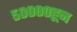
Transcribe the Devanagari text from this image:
५००००हून